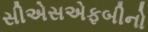
સીએસએફબીનો